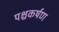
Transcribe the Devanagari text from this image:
पश्चकर्षण